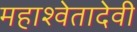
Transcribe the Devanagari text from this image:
महाश्वेतादेवी